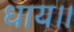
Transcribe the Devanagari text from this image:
धाय।।